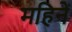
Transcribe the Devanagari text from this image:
महिनें